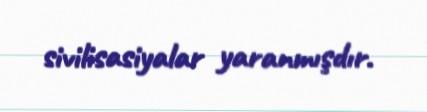
sivilisasiyalar yaranmışdır.